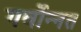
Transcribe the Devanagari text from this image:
गर्वोन्‍नत